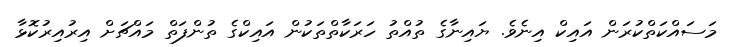
މަސައްކަތްކުރަން އައިކް އިނެވެ. ޔައިނާގެ ތުއްތު ހަރަކާތްތަކުން އައިކްގެ ތުންފަތް މައްޗަށް އިރުއިރުކޮޅާ